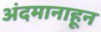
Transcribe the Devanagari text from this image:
अंदमानाहून